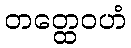
တတ္ထေဝဟံ